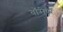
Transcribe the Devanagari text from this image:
वॉरीएर